Calcutta medical institutions reports 1879-81 [i.e.91]
Year: 1879
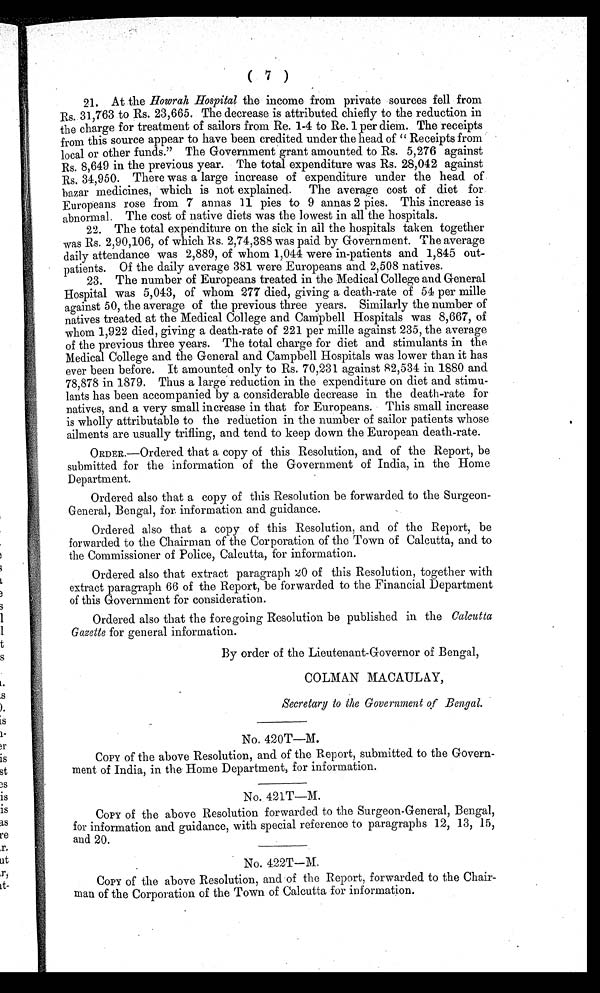
( 7 )
21. At the Howrah Hospital the income from private sources fell from
Rs. 31,763 to Rs. 23,665. The decrease is attributed chiefly to the reduction in
the charge for treatment of sailors from Re. 1-4 to Re. 1 per diem. The receipts
from this source appear to have been credited under the head of " Receipts from
local or other funds." The Government grant amounted to Rs. 5,276 against
Rs. 8,649 in the previous year. The total expenditure was Rs. 28,042 against
Rs. 34,950. There was a large increase of expenditure under the head of
bazar medicines, which is not explained. The average cost of diet for
Europeans rose from 7 annas 11 pies to 9 annas 2 pies. This increase is
abnormal. The cost of native diets was the lowest in all the hospitals.
22. The total expenditure on the sick in all the hospitals taken together
was Rs. 2,90,106, of which Rs. 2,74,388 was paid by Government. The average
daily attendance was 2,889, of whom 1,044 were in-patients and 1,845 out-
- p a t i e n t s . O f t h e d a i l y a v e r a g e 3 8 1 w e r e E u r o p e a n s a n d 2 , 5 0 8 n a t i v e s .
23. The number of Europeans treated in the Medical College and General
Hospital was 5,043, of whom 277 died, giving a death-rate of 54 per mille
against 50, the average of the previous three years. Similarly the number of
natives treated at the Medical College and Campbell Hospitals was 8,667, of
whom 1,922 died, giving a death-rate of 221 per mille against 235, the average
of the previous three years. The total charge for diet and stimulants in the
Medical College and the General and Campbell Hospitals was lower than it has
ever been before. It amounted only to Rs. 70,231 against 82,534 in 1880 and
78,878 in 1879. Thus a large reduction in the expenditure on diet and stimu-
lants has been accompanied by a considerable decrease in the death-rate for
natives, and a very small increase in that for Europeans. This small increase
is wholly attributable to the reduction in the number of sailor patients whose
ailments are usually trifling, and tend to keep down the European death-rate.
O R D E R . — O r d e r e d t h a t a c o p y o f t h i s R e s o l u t i o n , a n d o f t h e R e p o r t , b e
submitted for the information of the Government of India, in the Home
Department.
Ordered also that a copy of this Resolution be forwarded to the Surgeon-
General, Bengal, for information and guidance.
Ordered also that a copy of this Resolution, and of the Report, be
forwarded to the Chairman of the Corporation of the Town of Calcutta, and to
the Commissioner of Police, Calcutta, for information.
Ordered also that extract paragraph 20 of this Resolution, together with
extract paragraph 66 of the Report, be forwarded to the Financial Department
of this Government for consideration.
Ordered also that the foregoing Resolution be published in the Calcutta
Gazette for general information.
By order of the Lieutenant-Governor of Bengal,
COLMAN MACAULAY,
Secretary to the Government of Bengal.
No. 420T—M.
COPY of the above Resolution, and of the Report, submitted to the Govern-
ment of India, in the Home Department, for information.
No. 421T—M.
COPY of the above Resolution forwarded to the Surgeon-General, Bengal,
for information and guidance, with special reference to paragraphs 12, 13, 15,
and 20.
No. 422T—M.
COPY of the above Resolution, and of the Report, forwarded to the Chair-
man of the Corporation of the Town of Calcutta for information.